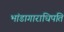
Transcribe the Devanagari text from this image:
भांडागाराधिपति